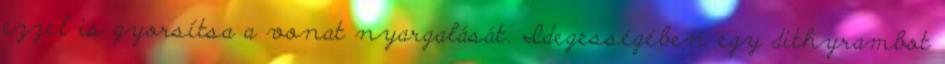
ezzel is gyorsítsa a vonat nyargalását. Idegességében egy dithyrambot